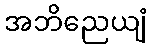
အဘိညေယျံ